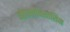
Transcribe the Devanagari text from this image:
ओफ़्लॉक्सासिन